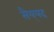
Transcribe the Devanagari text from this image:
सैय्‌यद